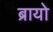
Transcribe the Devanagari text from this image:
ब्रायो